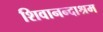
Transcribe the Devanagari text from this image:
शिवानन्दाश्रम